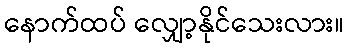
နောက်ထပ် လျှော့နိုင်သေးလား။